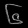
Digit: ၆